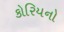
કોરિયનો